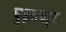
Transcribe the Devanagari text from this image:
घुड़सवा्र